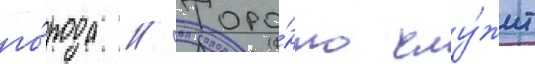
го́рода // Торо́нто слу́жит